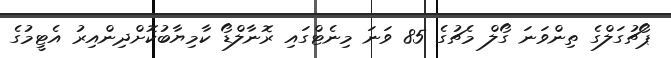
ޕޯޗުގަލްގެ ތިންވަނަ ގޯލް މެޗުގެ 85 ވަނަ މިނެޓްގައި ރޮނާލްޑޯ ކާމިޔާބުކޮށްދިންއިރު އެޓީމުގެ